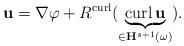
LaTeX: \begin{align*}{\mathbf{u}}=\nabla\varphi+R^{\operatorname{curl}}(\underbrace{\operatorname{curl}{\mathbf{u}}}_{\in{\mathbf{H}}^{s+1}(\omega)}). \end{align*}